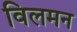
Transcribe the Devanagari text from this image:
विलमन